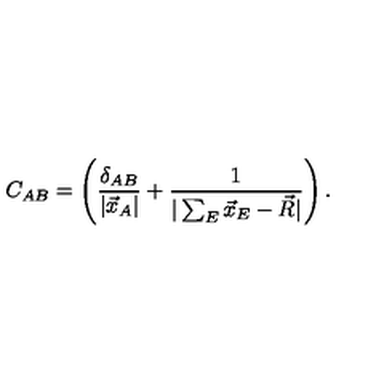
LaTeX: C _ { A B } = \left( \frac { \delta _ { A B } } { | \vec { x } _ { A } | } + \frac { 1 } { | \sum _ { E } \vec { x } _ { E } - \vec { R } | } \right) .